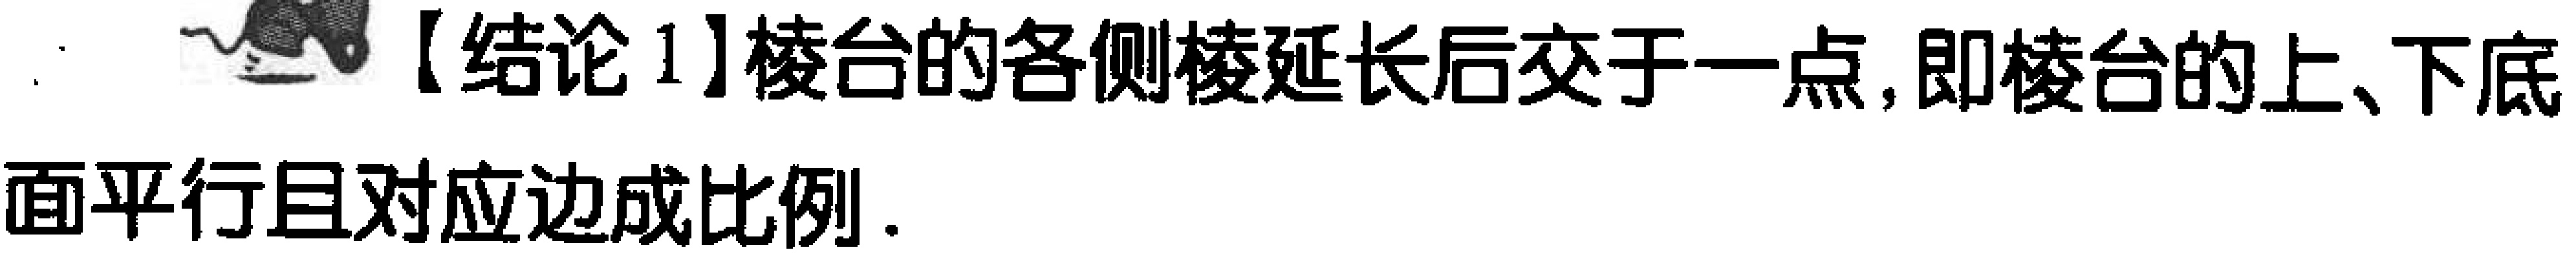
【结论1】棱台的各侧棱延长后交于一点,即棱台的上、下底面平行且对应边成比例.